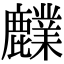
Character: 𪋫